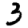
Digit: 3